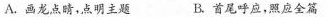
A.画龙点睛，点明主题 B.首尾呼应，照应全篇